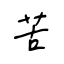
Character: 苦